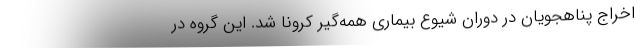
اخراج پناهجویان در دوران شیوع بیماری همه‌گیر کرونا شد. این گروه در